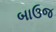
બાઉજ